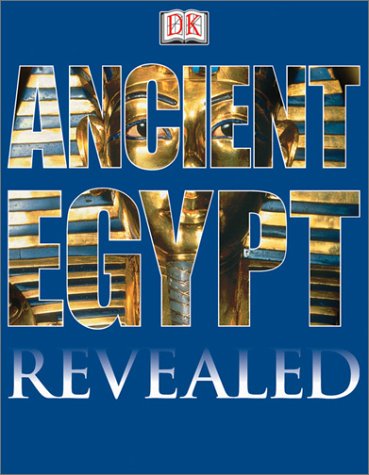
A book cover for DK Revealed: Ancient Egypt (DK Revealed); Peter Chrisp; Children's Books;